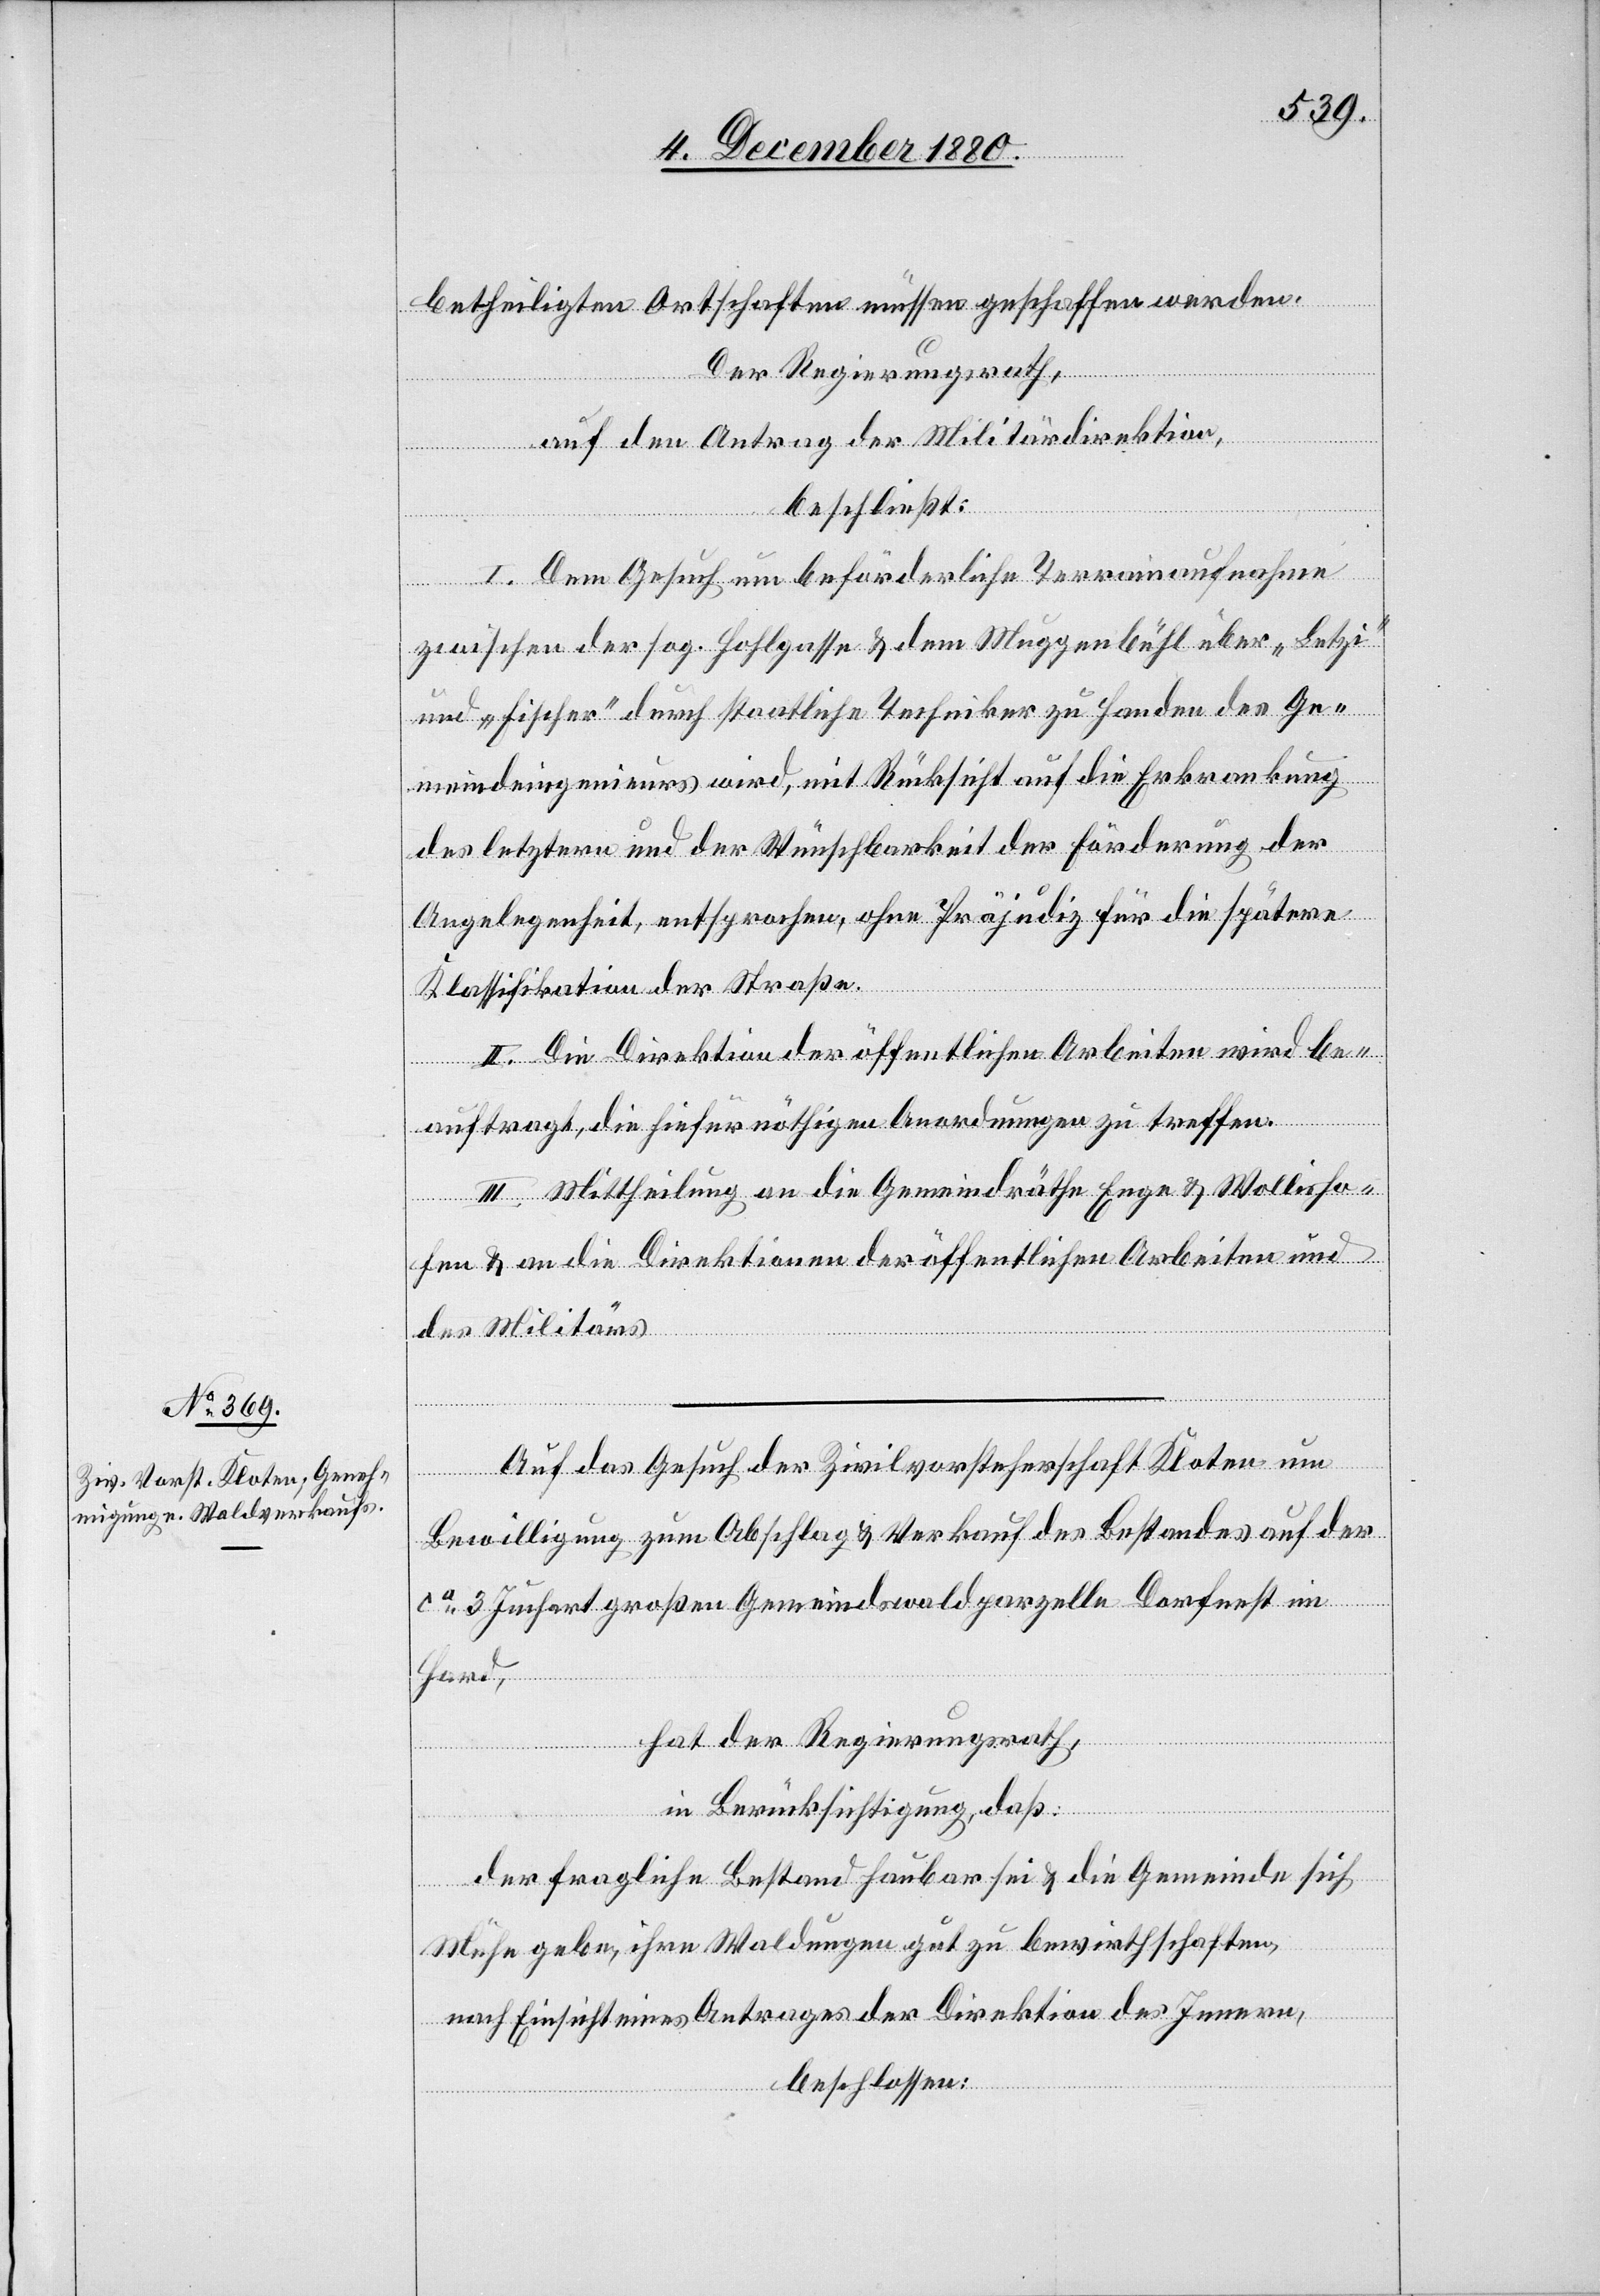
betheiligten Ortschaften müssen geschaffen werden.
Der Regierungsrath,
auf den Antrag der Militärdirektion,
beschließt:
I. Dem Gesuch um beförderliche Terrainaufnahme
zwischen der sog. Hohlgasse & dem Muggenbühl über „Letzi“
und „Fischer“ durch staatliche Techniker zu Handen des Ge¬
meindeingenieurs wird, mit Rücksicht auf die Erkrankung
des letztern und der Wünschbarkeit der Förderung der
Angelegenheit, entsprochen, ohne Präjudiz für die spätere
Klassifikation der Straße.
II. Die Direktion der öffentlichen Arbeiten wird be¬
auftragt, die hiefür nöthigen Anordnungen zu treffen.
III. Mittheilung an die Gemeindräthe Enge & Wollisho¬
fen & an die Direktionen der öffentlichen Arbeiten und
des Militärs.
Auf das Gesuch der Zivilvorsteherschaft Kloten um
Bewilligung zum Abschlag & Verkauf des Bestandes auf der
ca 3 Juchart großen Gemeindswaldparzelle Dorfnest im
Hard,
hat der Regierungsrath,
in Berücksichtigung, daß:
der fragliche Bestand haubar sei & die Gemeinde sich
Mühe gebe, ihre Waldungen gut zu bewirtschaften,
nach Einsicht eines Antrages der Direktion des Innern,
beschlossen: